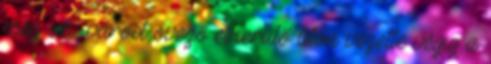
még sík, várost övező elkerülő úton vezette végig a